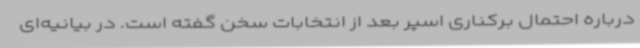
درباره احتمال برکناری اسپر بعد از انتخابات سخن گفته است. در بیانیه‌ای